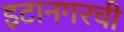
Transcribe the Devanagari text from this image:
इटानगरची